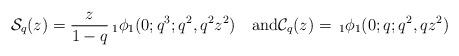
LaTeX: \begin{align*} \mathcal{S}_{q}(z)=\frac{z}{1-q}\,_{1}\phi_{1}(0;q^{3};q^{2},q^{2}z^{2}) \quad\mbox{and}\mathcal{C}_{q}(z)=\,_{1}\phi_{1}(0;q;q^{2},qz^{2}) \end{align*}